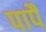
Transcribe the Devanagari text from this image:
पापै